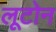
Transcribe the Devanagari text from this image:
लूटोन